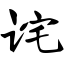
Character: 诧